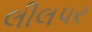
લીલપર